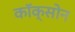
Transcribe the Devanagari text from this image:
कॉक्सोन